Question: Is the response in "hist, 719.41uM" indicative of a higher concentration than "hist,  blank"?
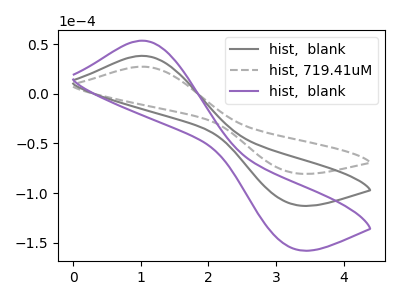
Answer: <think>The gray curve "hist,  blank" has an anodic peak at (1.00V, 38.25uA) and a cathodic peak at (3.25V, -111.10uA). The gray dashed curve "hist, 719.41uM" has an anodic peak at (1.00V, 27.35uA) and a cathodic peak at (3.25V, -79.40uA). The purple curve "hist,  blank" has an anodic peak at (1.00V, 76.55uA) and a cathodic peak at (3.25V, -222.20uA).
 All the peaks in "hist, 719.41uM" have a peak in "hist,  blank" at the same potential. Every peak in "hist, 719.41uM" is lower than every peak in "hist,  blank".</think>
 <answer>"hist, 719.41uM" has less signal than "hist,  blank".</answer>
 <eval>less_signal</eval>